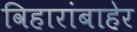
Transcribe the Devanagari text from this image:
विहारांबाहेर